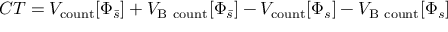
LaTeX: C T = V _ { \mathrm { c o u n t } } [ \Phi _ { \bar { s } } ] + V _ { \mathrm { B \ c o u n t } } [ \Phi _ { \bar { s } } ] - V _ { \mathrm { c o u n t } } [ \Phi _ { s } ] - V _ { \mathrm { B \ c o u n t } } [ \Phi _ { s } ]